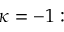
\kappa = - 1 :